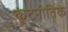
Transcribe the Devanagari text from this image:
कूट्नीतिक